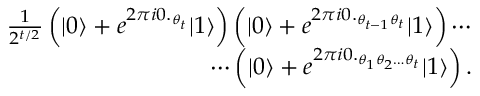
\begin{array} { r } { \frac { 1 } { 2 ^ { t / 2 } } \left( | 0 \rangle + e ^ { 2 \pi i 0 . _ { \theta _ { t } } } | 1 \rangle \right) \left( | 0 \rangle + e ^ { 2 \pi i 0 . _ { \theta _ { t - 1 } \theta _ { t } } } | 1 \rangle \right) \cdots } \\ { \cdots \left( | 0 \rangle + e ^ { 2 \pi i 0 . _ { \theta _ { 1 } \theta _ { 2 } \dots \theta _ { t } } } | 1 \rangle \right) . } \end{array}